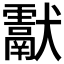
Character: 𤣉